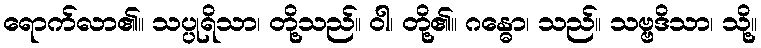
ရောက်လာ၏။ သပ္ပုရိသာ၊ တို့သည်။ ဝါ၊ တို့၏။ ဂန္ဓော၊ သည်။ သဗ္ဗဒိသာ၊ သို့။